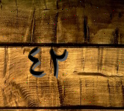
٤٢